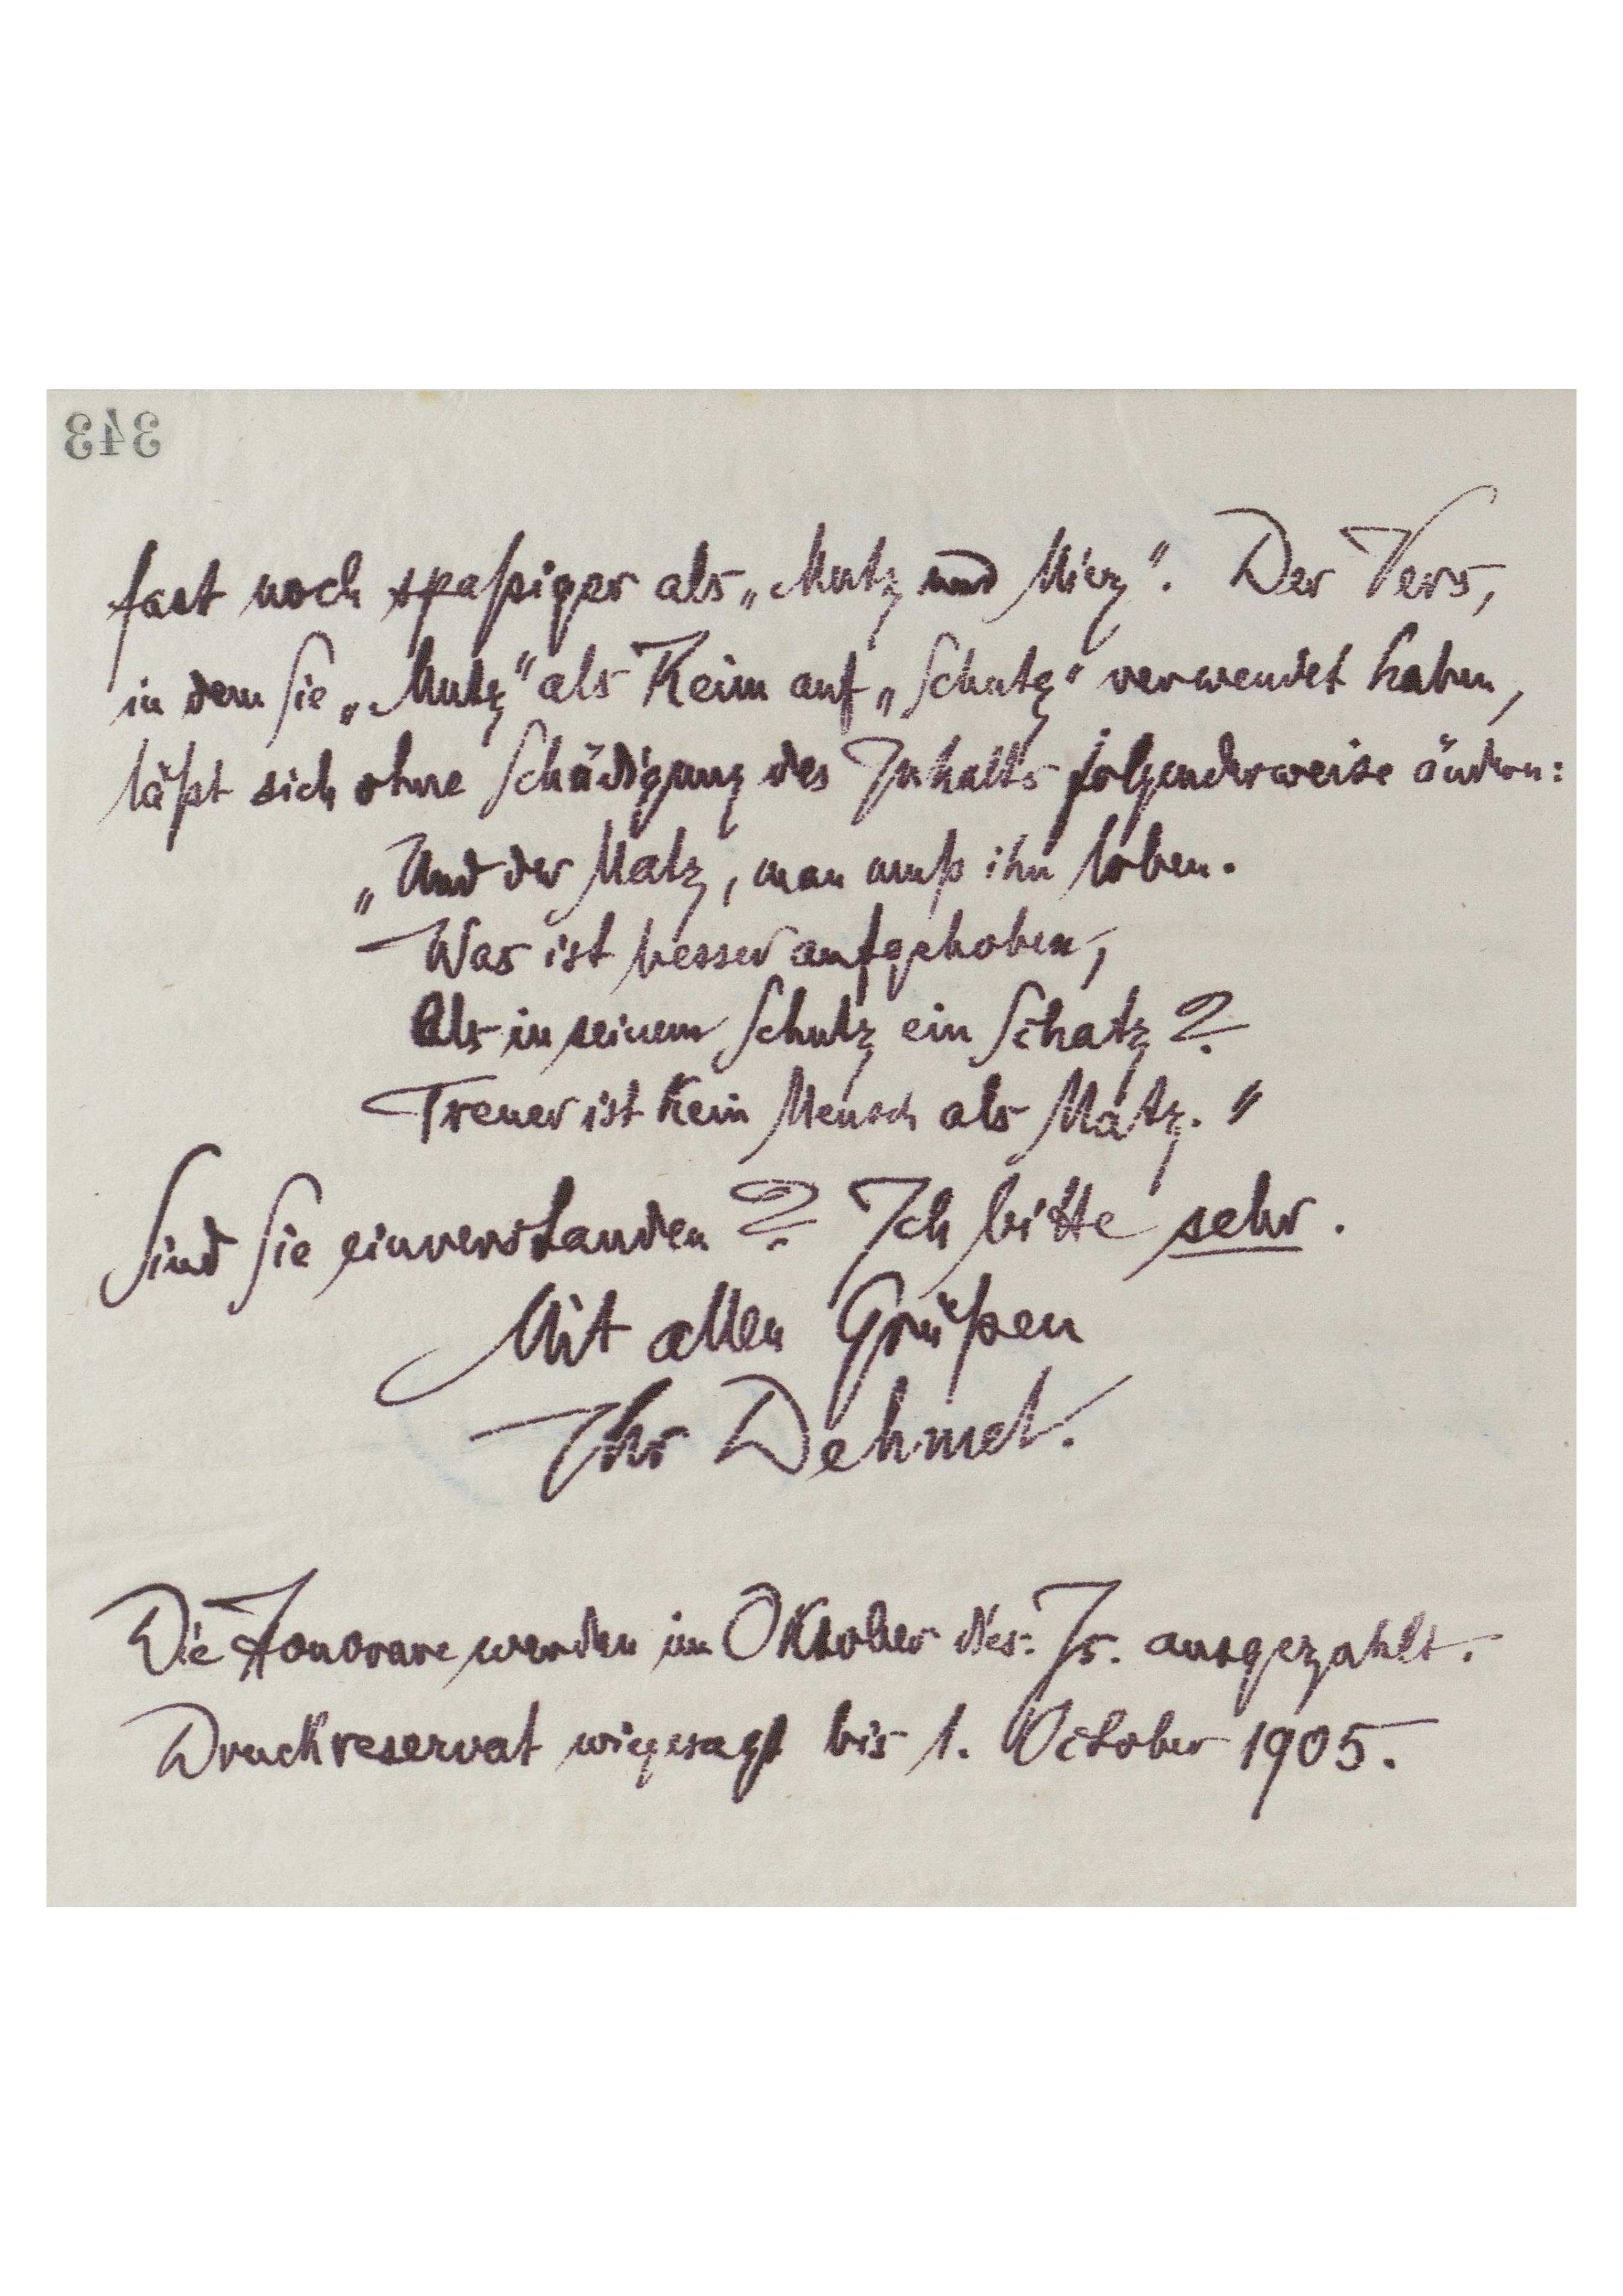
343
fast noch spaßiger als „Mutz und Miez‟. Der Vers,
in dem Sie „Mutz‟ als Reim auf „Schutz‟ verwendet haben,
läßt sich ihne Schädigung des Inhalts folgenderweise ändern:
„Und der Matz, man muß ihn loben.‟
Was ist besser aufgehoben,
Als in seinem Schutz ein Schatz?
Treuer ist kein Mensch als Matz.‟
Sind Sie einverstanden? Ich bitte sehr.
Mit allen Grüßen
Ihr Dehmel.
Die Honorare werden Oktober d'es: Js. ausgezahlt.
Druckreservat wie gesagt bis 1. October 1905.